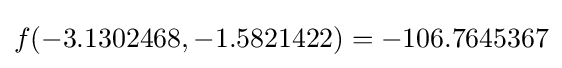
f(-3.1302468,-1.5821422)=-106.7645367